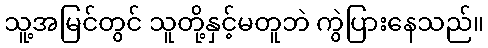
သူ့အမြင်တွင် သူတို့နှင့်မတူဘဲ ကွဲပြားနေသည်။